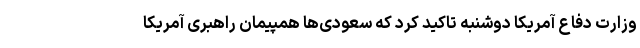
وزارت دفاع آمریکا دوشنبه تاکید کرد که سعودی‌ها همپیمان راهبری آمریکا